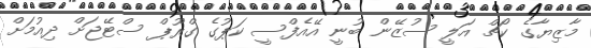
މާޒިޔާގެ ކޯޗް އަލީ ސުޒޭން ބުނީ އޭއެފްސީ ކަޕުގެ ގްރޫޕް ސްޓޭޖަށް ދިއުމަށް